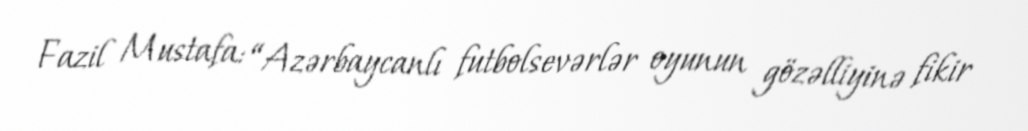
Fazil Mustafa: “Azərbaycanlı futbolsevərlər oyunun gözəlliyinə fikir